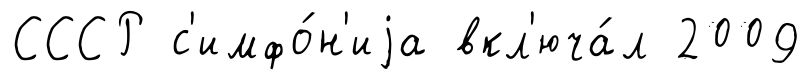
СССР с'имфо́н'иjа вкл'юча́л 2009